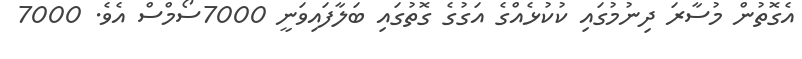
އެގޮތުން މުސާރަ ދިނުމުގައި ކުކުޅެއްގެ އަގުގެ ގޮތުގައި ބަލާފައިވަނީ 7000ސޯމްސް އެވެ. 7000